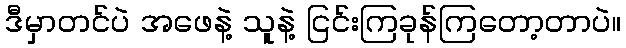
ဒီမှာတင်ပဲ အဖေနဲ့ သူနဲ့ ငြင်းကြခုန်ကြတော့တာပဲ။